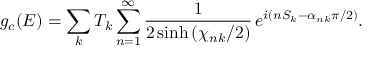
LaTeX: g _ { c } ( E ) = \sum _ { k } T _ { k } \sum _ { n = 1 } ^ { \infty } { \frac { 1 } { 2 \sinh { ( \chi _ { n k } / 2 ) } } } \, e ^ { i ( n S _ { k } - \alpha _ { n k } \pi / 2 ) } .